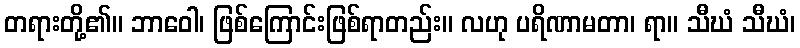
တရားတို့၏။ ဘာဝေါ၊ ဖြစ်ကြောင်းဖြစ်ရာတည်း။ လဟု ပရိဏာမတာ၊ ရာ။ သီဃံ သီဃံ၊